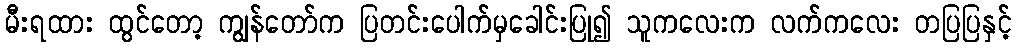
မီးရထား ထွင်တော့ ကျွန်တော်က ပြတင်းပေါက်မှခေါင်းပြု၍ သူကလေးက လက်ကလေး တပြပြနှင့်